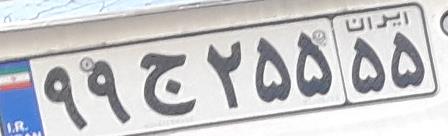
۹۹ج۲۵۵۵۵